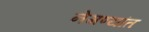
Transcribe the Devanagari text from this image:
नेमण्यांत